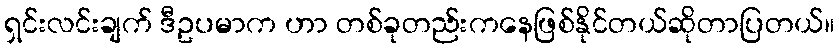
ရှင်းလင်းချက် ဒီဥပမာက ဟာ တစ်ခုတည်းကနေဖြစ်နိုင်တယ်ဆိုတာပြတယ်။